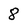
Character: 8